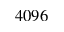
4 0 9 6